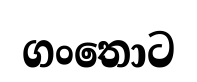
ගංතොට